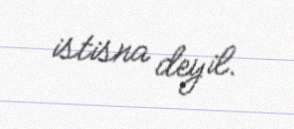
istisna deyil.